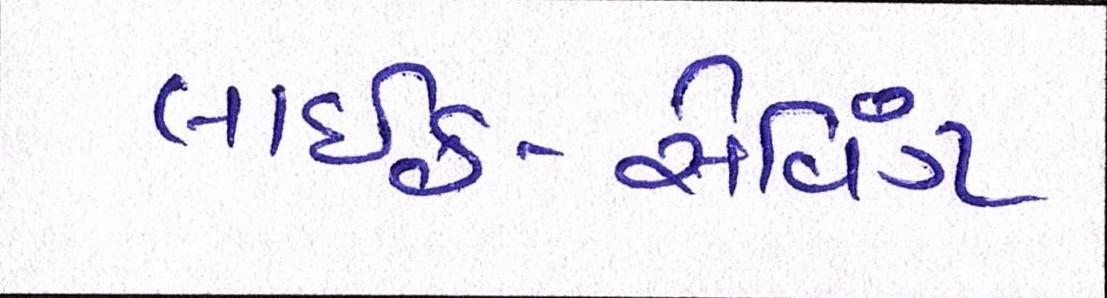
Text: લાઇફ-સેવિંગ